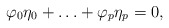
\begin{align*} \varphi_0\eta_0+\ldots+\varphi_p\eta_p=0,\end{align*}